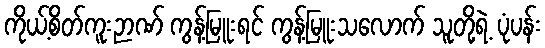
ကိုယ့်စိတ်ကူးဉာဏ် ကွန့်မြူးရင် ကွန့်မြူးသလောက် သူတို့ရဲ့ ပုံပန်း